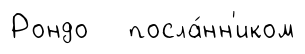
Рондо посла́нн'иком